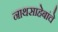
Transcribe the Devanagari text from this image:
नाथसाहेबांचे